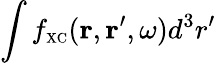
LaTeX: \int f_{\scriptscriptstyle\mathrm{XC}}({\mathbf r},{\mathbf r}^{\prime},\omega)d^{3}r^{\prime}